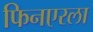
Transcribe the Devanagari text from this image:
फिनएरला